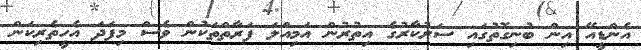
އެންޑީއޭ އިން ބުނިގޮތުގައި ސަރުކާރުގެ އިތުރުން އަމިއްލަ ފަރާތްތަކުން ވެސް މިފަދަ އެހީތެރިކަން